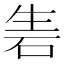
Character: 𥑦